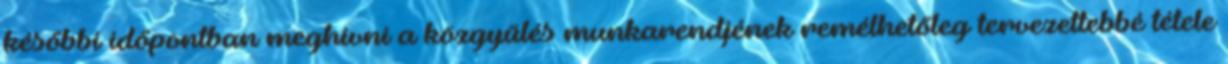
későbbi időpontban meghívni a közgyűlés munkarendjének remélhetőleg tervezettebbé tétele